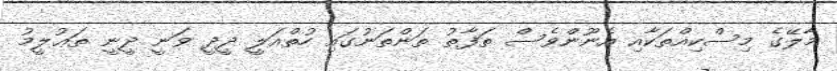
މާލޭގެ މިސްކިއްތަކާއި އެނޫންވެސް ތަފާތު ތަންތަނުގައި ހުތްއަލީ ދީދީ ވަނީ ދީނީ ތަޢުލީމު